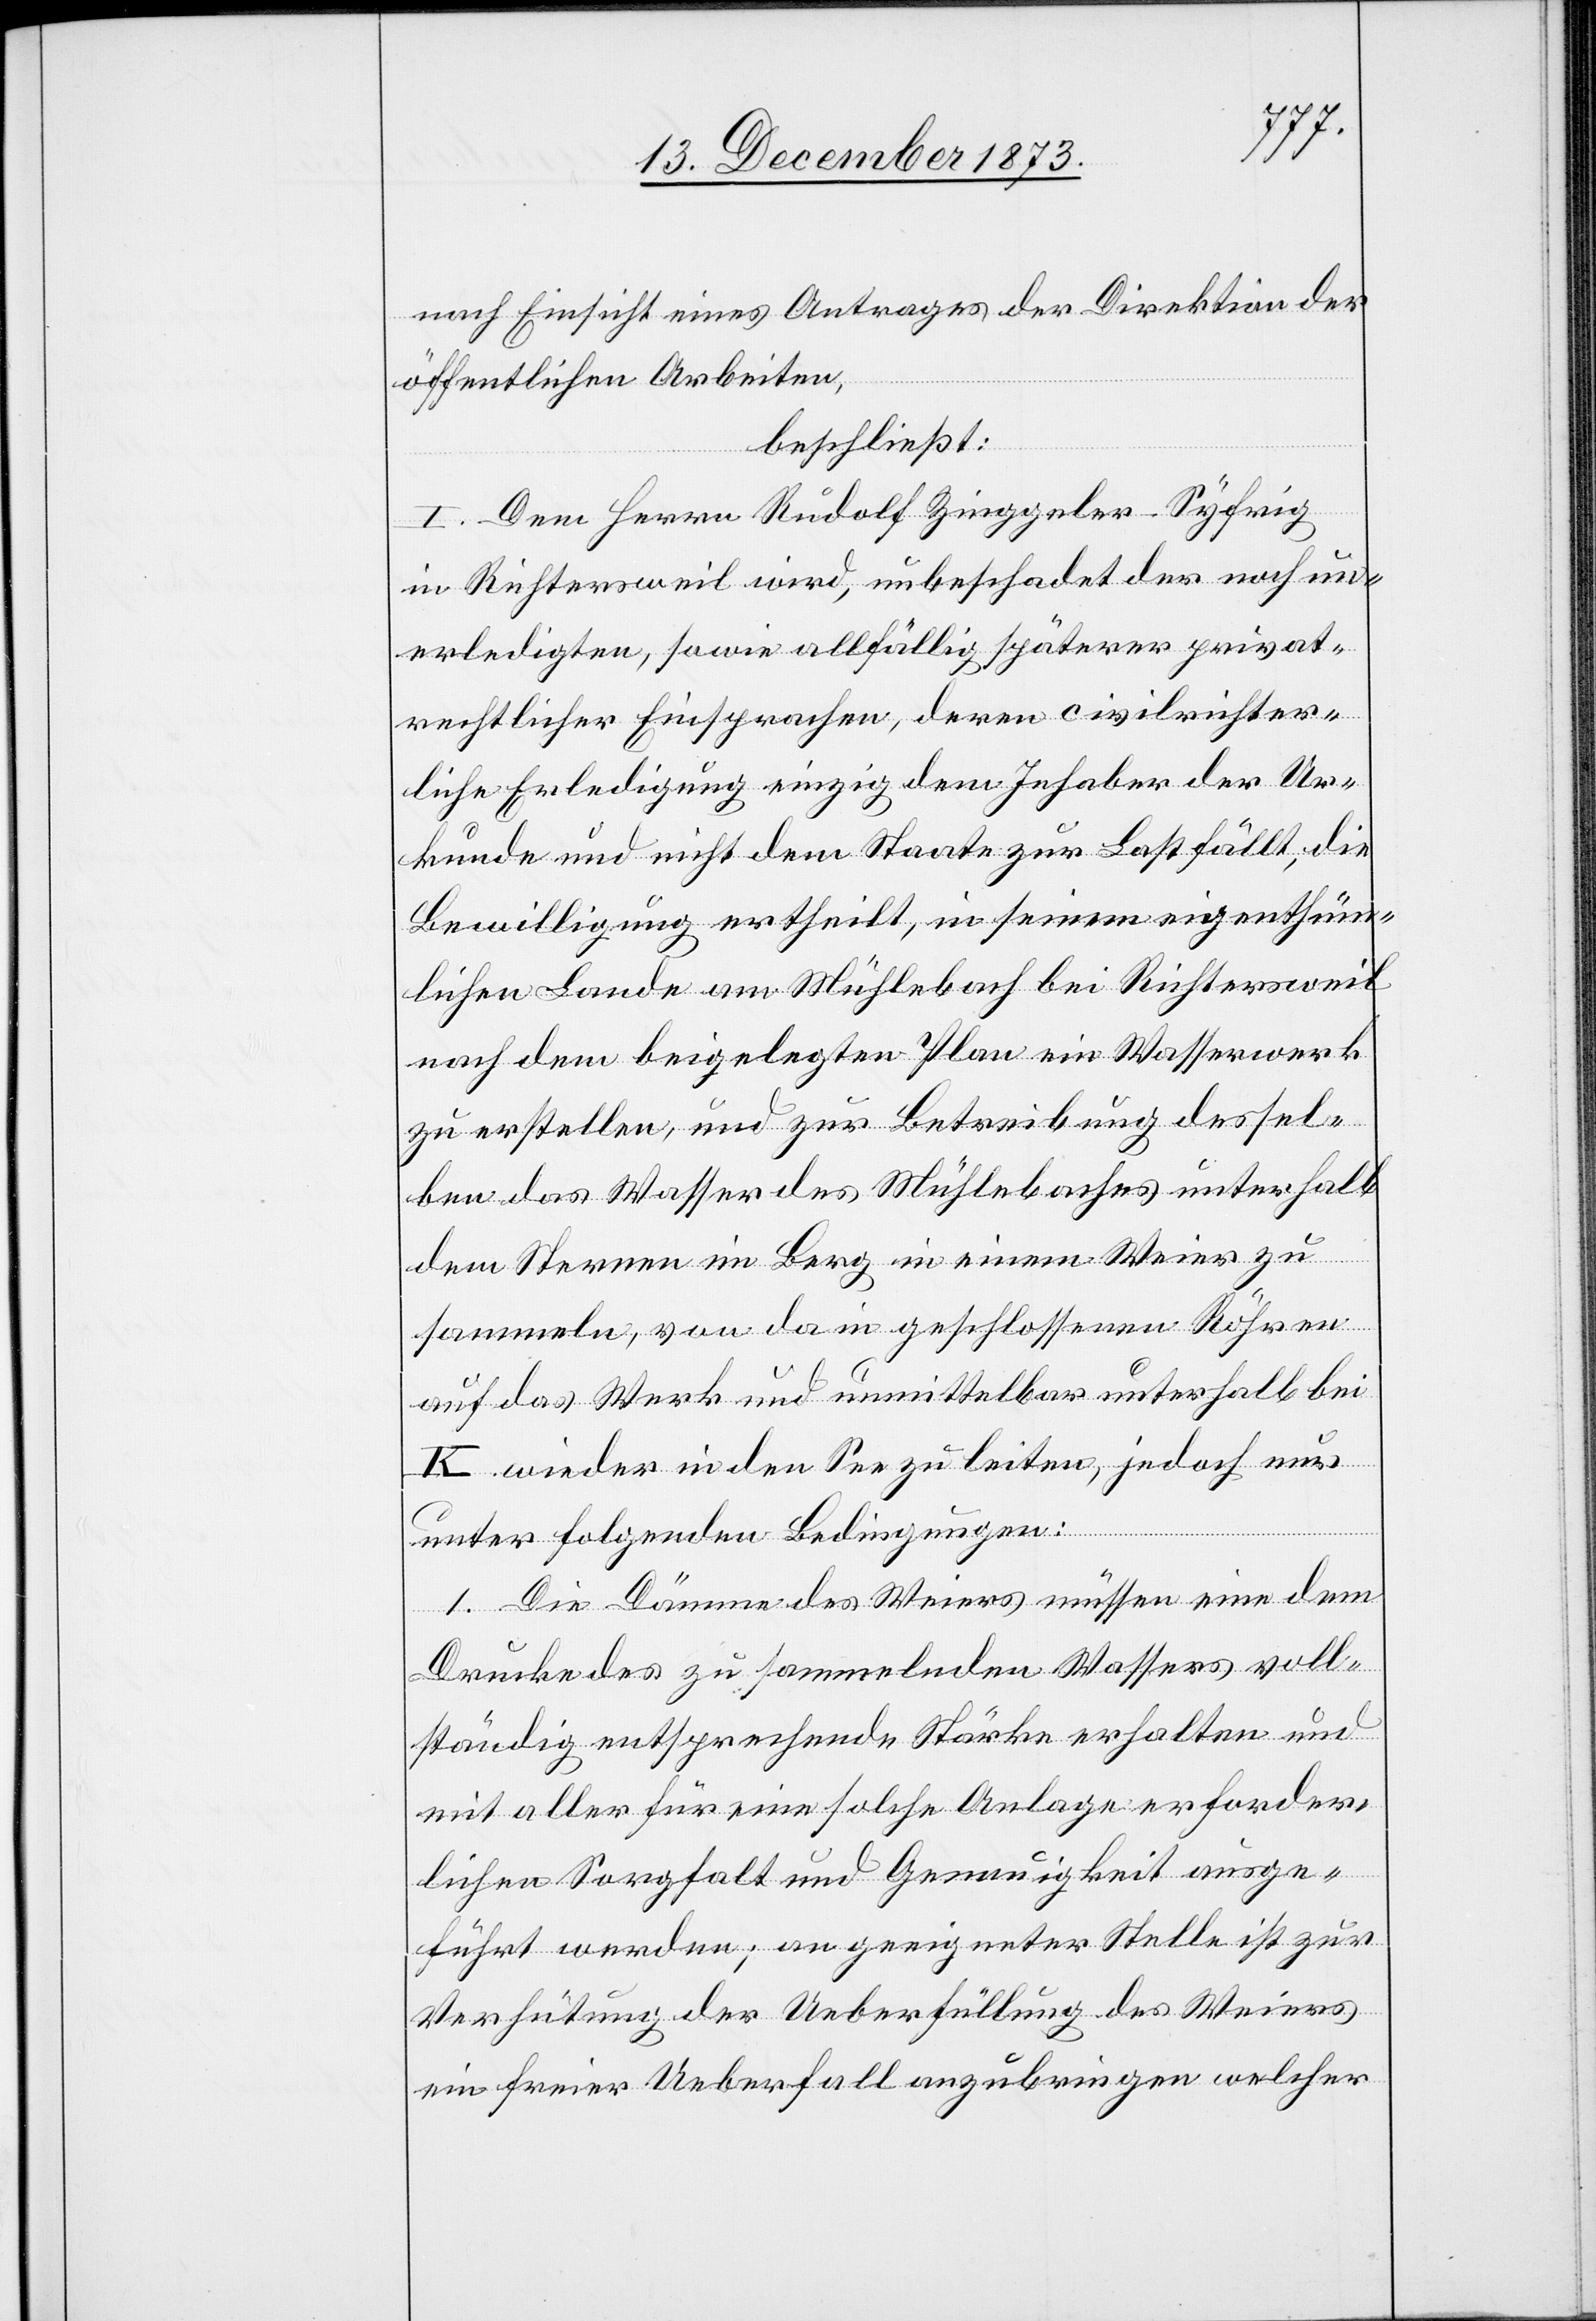
nach Einsicht eines Antrages der Direktion der
öffentlichen Arbeiten,
beschließt:
I. Dem Herrn Rudolf Zinggeler-Syfrig
in Richtersweil wird, unbeschadet der noch un¬
erledigten, sowie allfällig späterer privat¬
rechtlicher Einsprachen, deren civilrichter¬
liche Erledigung einzig dem Inhaber der Ur¬
kunde und nicht dem Staate zur Last fällt, die
Bewilligung ertheilt, in seinem eigenthüm¬
lichen Lande am Mühlebach bei Richtersweil
nach dem beigelegten Plan ein Wasserwerk
zu erstellen, und zur Betreibung dessel¬
ben das Wasser des Mühlebaches unterhalb
dem Sternen im Berg in einem Weier zu
sammeln, von da in geschlossenen Röhren
auf das Werk und unmittelbar unterhalb bei
K wieder in den See zu leiten, jedoch nur
unter folgenden Bedingungen:
1. Die Dämme des Weiers müssen eine dem
Drucke des zu sammelnden Wassers voll¬
ständig entsprechende Stärke erhalten und
mit aller für eine solche Anlage erforder¬
lichen Sorgfalt und Genauigkeit ausge¬
führt werden; an geeigneter Stelle ist zur
Verhütung der Ueberfüllung des Weiers
ein freier Ueberfall anzubringen welcher